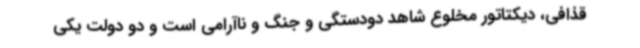
قذافی، دیکتاتور مخلوع شاهد دودستگی و جنگ و ناآرامی است و دو دولت یکی